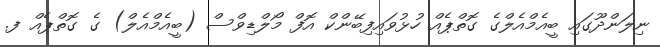
ނިލަންދޫގައި ބީއެމްއެލްގެ ގޮތްޕެއް ހުޅުވައިފިބޭންކް އޮފް މޯލްޑިވްސް (ބީއެމްއެލް) ގެ ގޮތްޕެއް ފ.